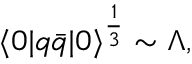
\langle 0 | q \bar { q } | 0 \rangle ^ { \frac { 1 } { 3 } } \sim \Lambda ,